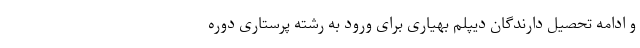
و ادامه تحصیل دارندگان دیپلم بهیاری برای ورود به رشته پرستاری دوره